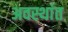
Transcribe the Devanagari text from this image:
अवस्थांत